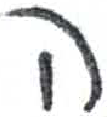
אות: ה